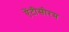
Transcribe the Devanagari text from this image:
ऐंटीसीरम